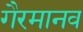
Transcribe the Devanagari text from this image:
गैरमानव